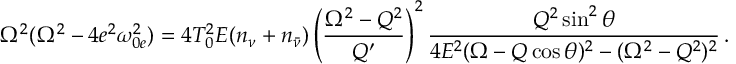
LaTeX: \Omega ^ { 2 } ( \Omega ^ { 2 } - 4 e ^ { 2 } \omega _ { 0 e } ^ { 2 } ) = 4 T _ { 0 } ^ { 2 } { \cal E } ( n _ { \nu } + n _ { \bar { \nu } } ) \left( \frac { \Omega ^ { 2 } - { \cal Q } ^ { 2 } } { { \cal Q } ^ { \prime } } \right) ^ { 2 } \frac { { \cal Q } ^ { 2 } \sin ^ { 2 } \theta } { 4 { \cal E } ^ { 2 } ( \Omega - { \cal Q } \cos \theta ) ^ { 2 } - ( \Omega ^ { 2 } - { \cal Q } ^ { 2 } ) ^ { 2 } } \, .